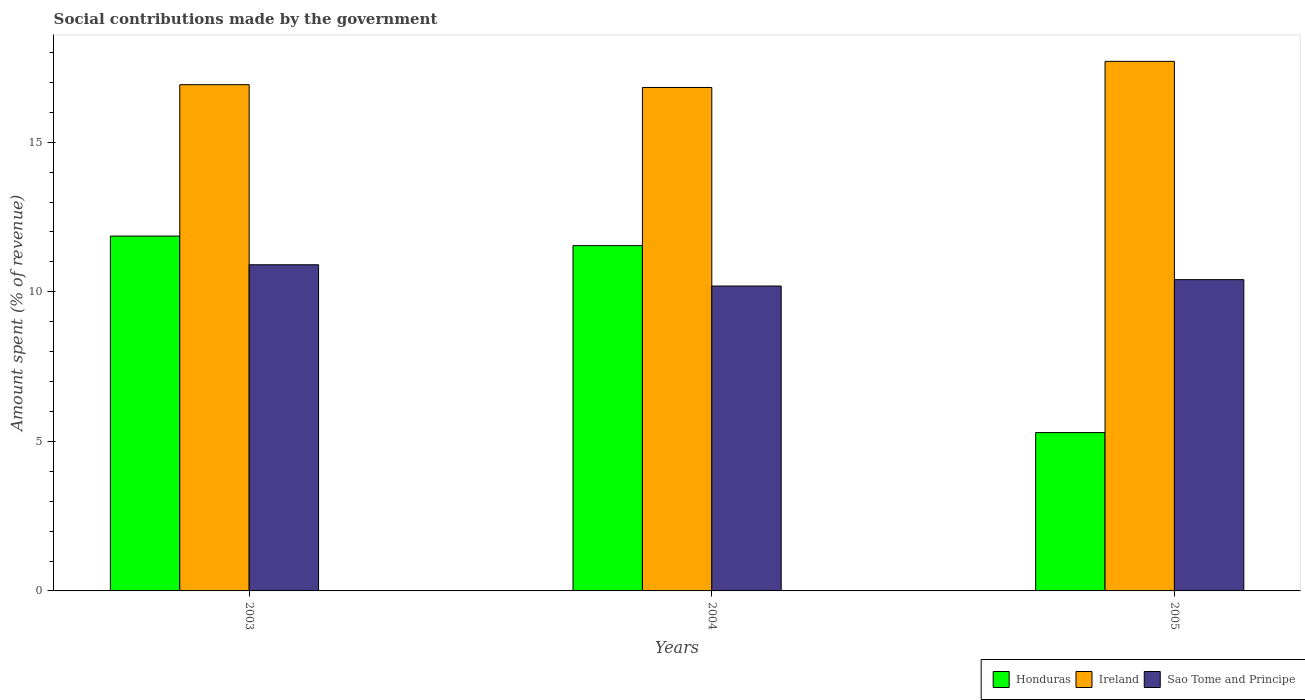
| Years | Honduras | Ireland | Sao Tome and Principe |
 | --- | --- | --- | --- |
 | 2003 | 11.9 | 16.9 | 10.9 |
 | 2004 | 11.5 | 16.8 | 10.2 |
 | 2005 | 5.29 | 17.7 | 10.4 |